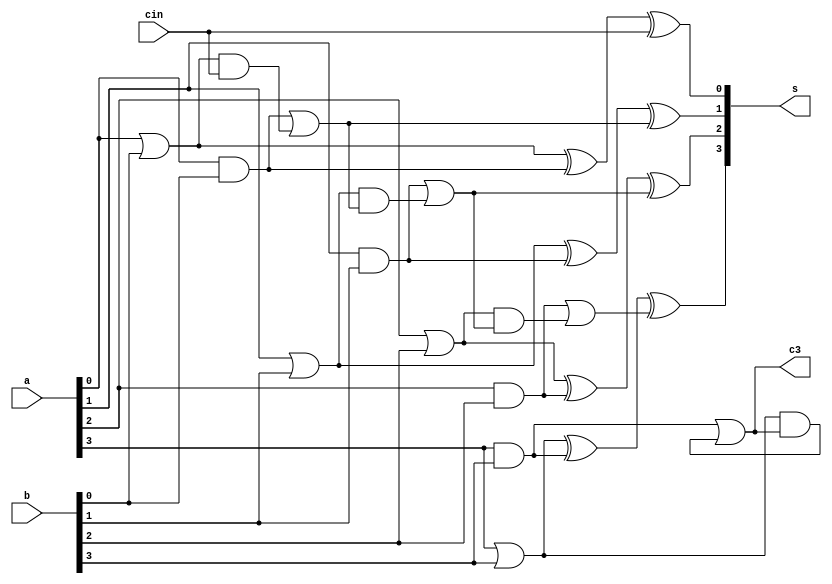
`timescale 1ns / 1ps
//////////////////////////////////////////////////////////////////////////////////
// Company: 
// Engineer: 
// 
// Design Name: 
// Module Name:    structuralcla 
// Project Name: 
// Target Devices: 
// Tool versions: 
// Description: 
//
// Dependencies: 
//
// Revision: 
// Revision 0.01 - File Created
// Additional Comments: 
//
//////////////////////////////////////////////////////////////////////////////////
module structuralcla (a,b,cin,s,c3);
input[3:0] a,b;
input cin;
output [3:0]s;
output  c3;
wire p0,p1,p2,p3,p4,p5,p6,p7,g0,g1,g2,g3,g4,g5,g6,g7;
wire c0,c1,c2;
or o1(p0,a[0],b[0]);
or o2(p1,a[1],b[1]);
or o3(p2,a[2],b[2]);
or o4(p3,a[3],b[3]);
and a1(g0,a[0],b[0]);
and a2(g1,a[1],b[1]);
and a3(g2,a[2],b[2]);
and a4(g3,a[3],b[3]); 



and a5(g4,p0,cin);
and a6(g5,p1,c0);
and a7(g6,p2,c1);
and a8(g7,p3,c3 );


or  o5(c0,g0,g4);	
or  o6(c1,g1,g5);
or  o7(c2,g2,g6);
or  o8(c3,g3,g7); 

xor x1(p4,p0,g0);
xor x2(s[0],p4,cin);
xor x3(p5,p1,g1);
xor x4(s[1],p5,c0);
xor x5(p6,p2,g2);
xor x6(s[2],p6,c1);
xor x7(p7,p3,g3);
xor x8(s[3],p7,c2);

endmodule